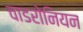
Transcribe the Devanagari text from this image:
चाडरोनियन